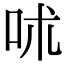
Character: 𠰲